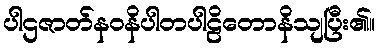
ပါဌဇာတ်နဝနိပါတပါဠိတောနိသျပြီး၏။